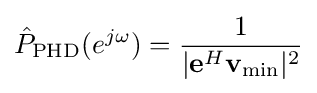
{\hat {P}}_{\rm {PHD}}(e^{j\omega })={\frac {1}{|\mathbf {e} ^{H}\mathbf {v} _{\rm {min}}|^{2}}}